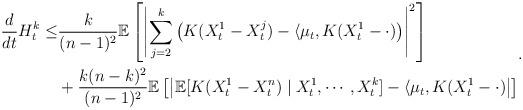
LaTeX: \begin{align*}\begin{aligned}\frac{d}{dt}H_t^k\leq& \frac{k}{(n-1)^2}\mathbb{E}\left[\left|\sum_{j=2}^k \left(K(X_t^1-X_t^j)-\langle \mu_t,K(X_t^1-\cdot)\right)\right|^2\right]\\&+\frac{k(n-k)^2}{(n-1)^2}\mathbb{E}\left[\left|\mathbb{E}[K(X_t^1-X_t^n)\mid X_t^1,\cdots,X_t^k]-\langle \mu_t,K(X_t^1-\cdot)\right|\right] \end{aligned}.\end{align*}